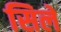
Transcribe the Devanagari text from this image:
सिलें